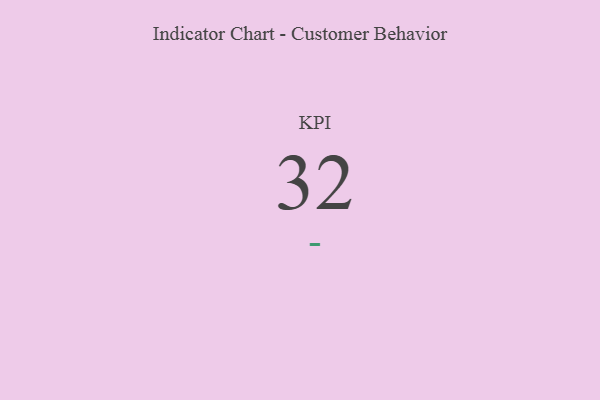
{"axis": {"x": "KPI", "y": "Value"}, "legend": [""], "data": [{"x": "KPI", "y": 32, "type": ""}]}